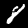
Digit: 8